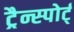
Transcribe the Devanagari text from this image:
ट्रैन्स्पोर्ट्